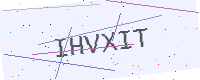
Text: IHVXIT